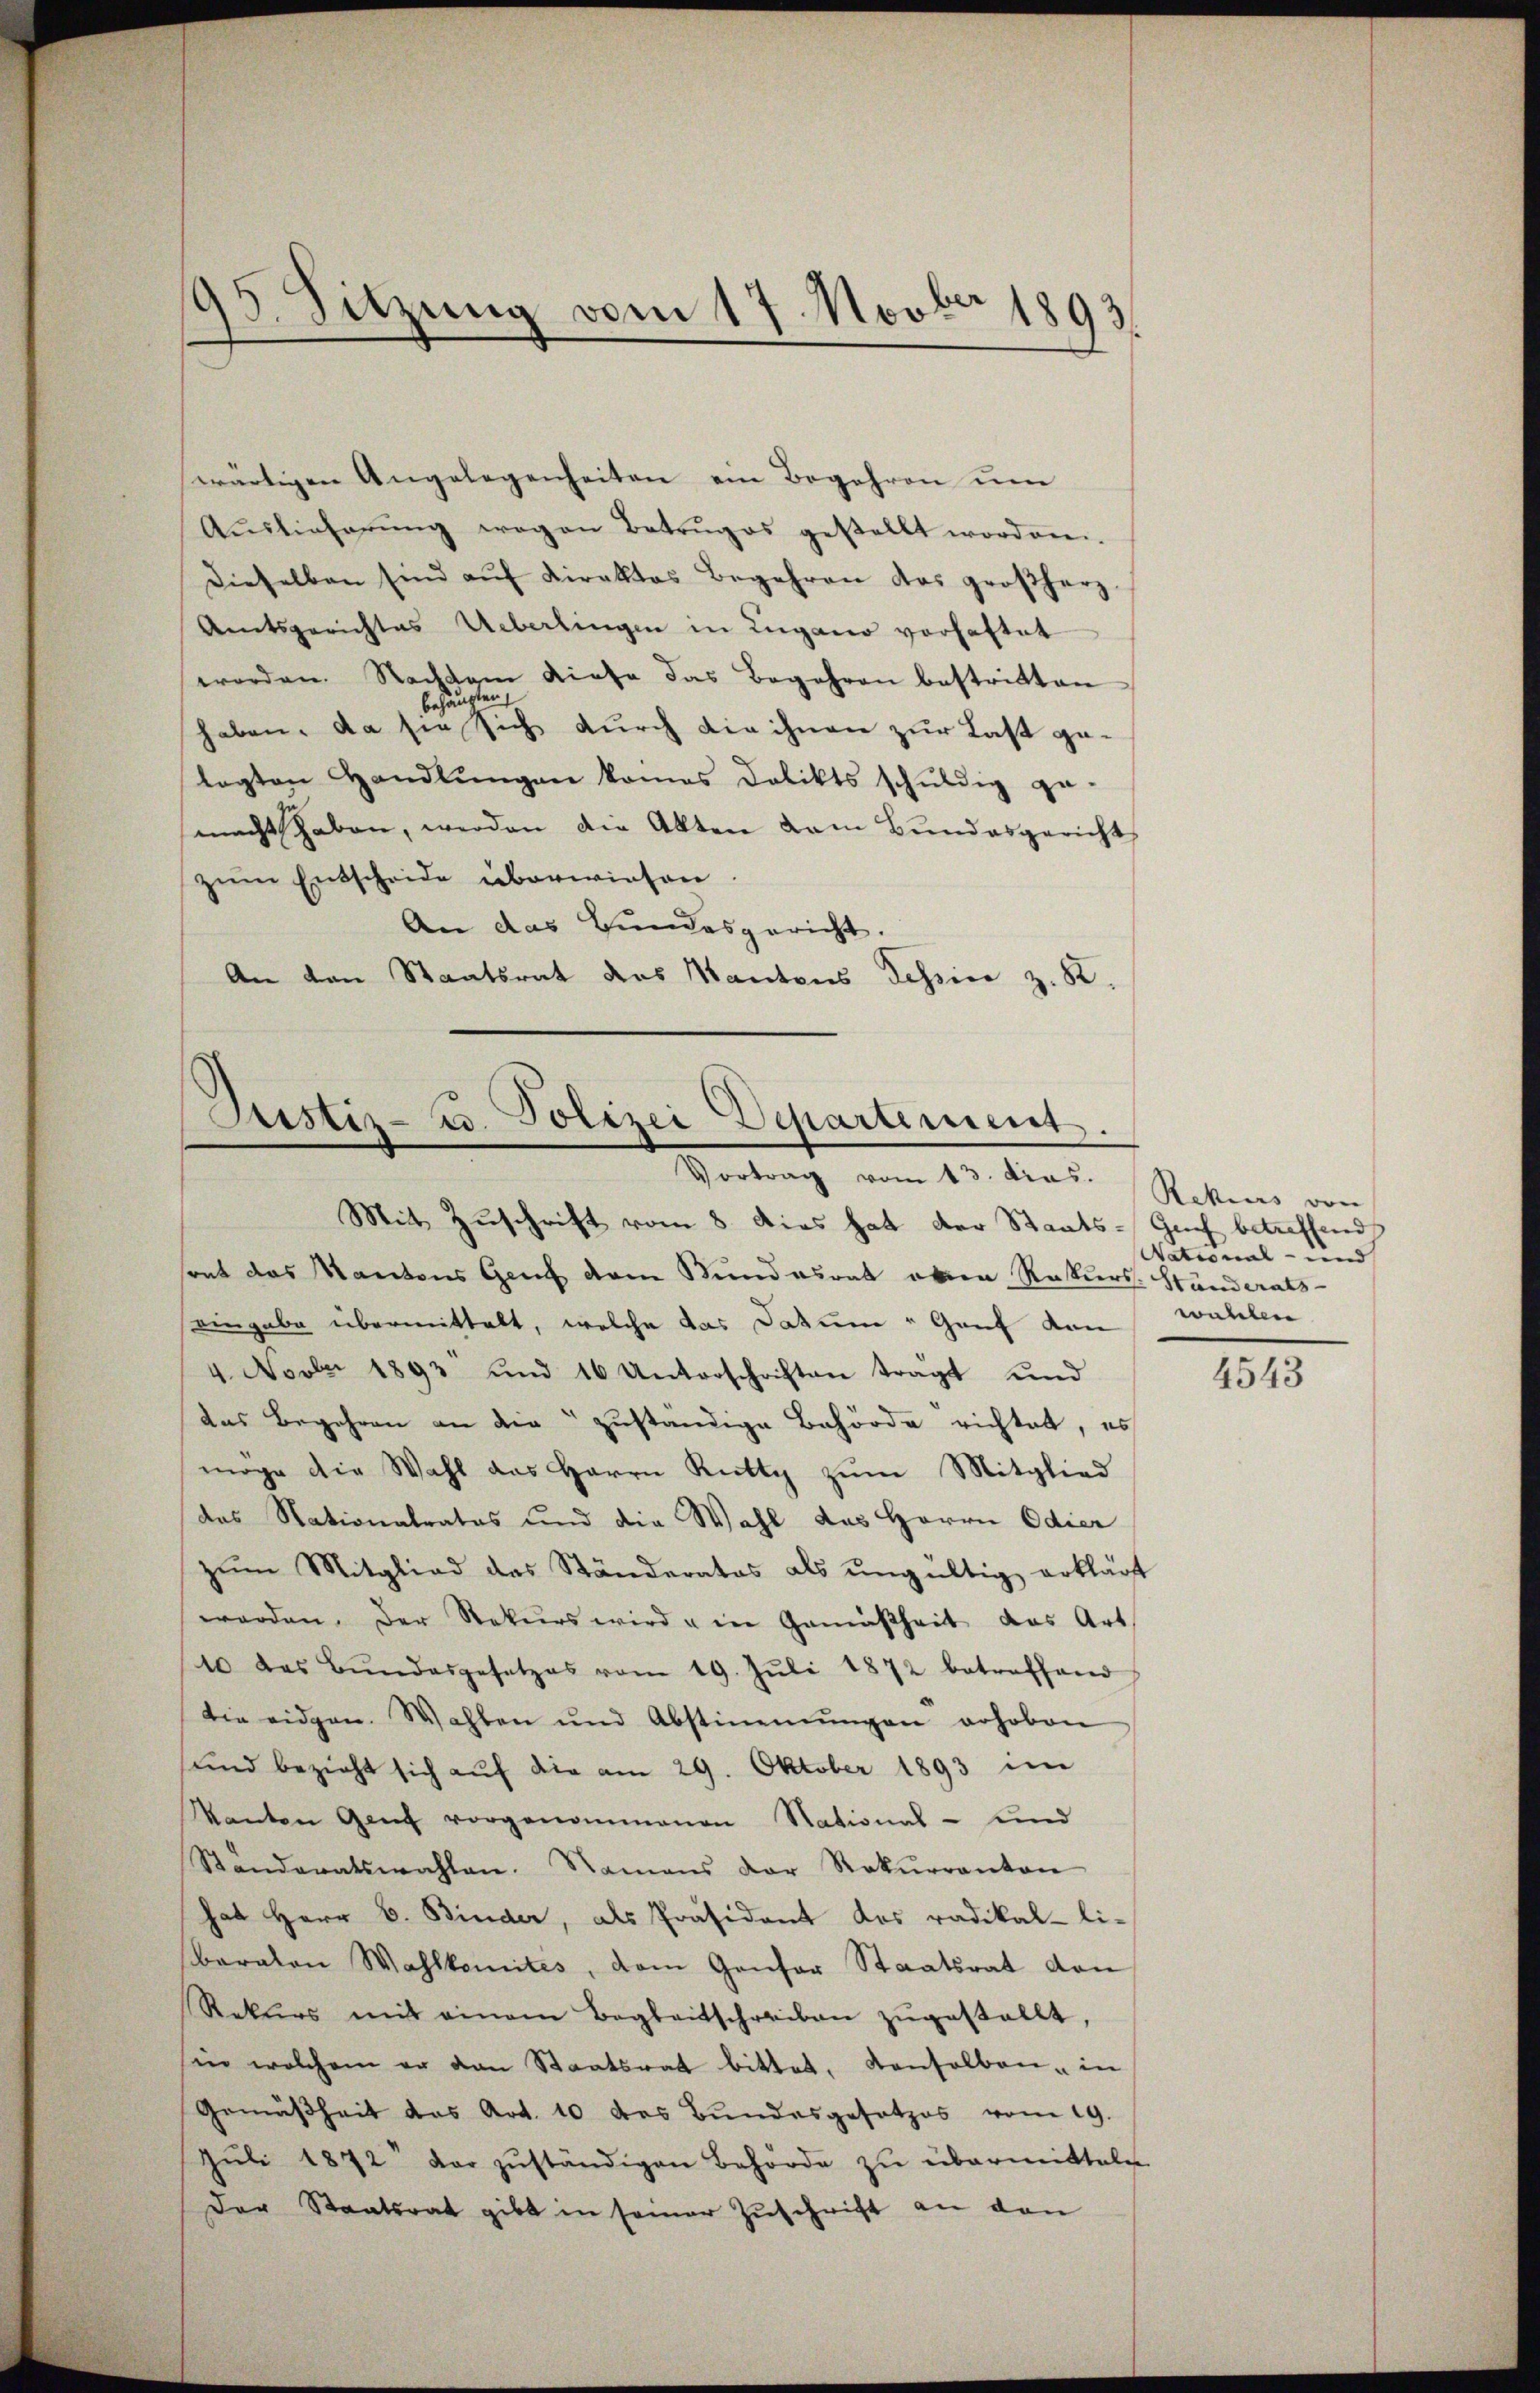
95. Sitzung vom 17. Novber 1893.

wärtigen Angelegenheiten ein Begehren um
Auslieferŭng wegen Betruges gestellt worden.
dieselben sind aŭf direktes Begehren das großherz
Amtsgerichtes Ueberlingen in Lugano vorhaftet
werden. Nachtem diese das Begehren bestritten
der
behör
haben, da sie sich durch die ihnen zur Last gelagten Handlungen komes Delikts schuldig zu
.
macht haben, werden die Akten dem Bundesgericht
zŭm Entscheide überwiesen.
An das Bundesgericht.
An den Staatsrat das Kantons Tessin z. K.

Justiz- u. Polizei Departement.
Vortrag vom 13. dras.

Mit Zuschrift vom 8. dies hat der Staats- Genf betreffend
sont das Kantons Genf dem Stundesrat obern Rekurs-Ständerats-
eingabe übermittelt, welche das Datum " Genf kan
4. Novber 1893 und 16 Unterschriften tragt und
das Begehren an die zuständige Behörde richtet, es
möge die Wahl das Herrn Rutty zŭm Mitglied
das Nationalrates und die Wahl das Herrn Odier
zum Mitglied das Ständerates als ŭngültig erklärt
worden. Der Rekurs wird u in Gemäßheit das Art.
10 das Bŭndesgesetzes vom 19. Jŭli 1872 betreffend
die eidgen. Wahlen und Abstimmungen erhoben
sund bezieht sich aŭf die am 29. Oktober 1893 im
Kanton Genf vorgenommenen National- und
Standeratswahlen. Namens der Rekŭrranton
hat Herr B. Binder, als Präsident des radikal-li-
baralen Wahlkomités, dem Genfer Staatsrat von
Rekurs mit einem Begleitschreiben zŭgestellt,
sin welchem er den Staatsrat bittet, denselben - in
Gemäßheit das Art. 10 des Bundesgesetzes vom 19.
Jŭli 1872 dar zŭständigen Behörde zu übermitteln
Der Staatsrat gibt in seiner Zuschrift an den

Rekurs von |
National- und
wallen

4543